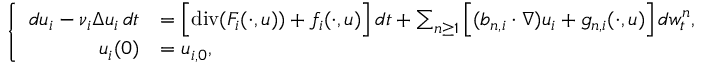
\left\{ \begin{array} { r l } { d u _ { i } - \nu _ { i } \Delta u _ { i } \, d t } & { = \Big [ \normalfont { \mathrm { d i v } } ( F _ { i } ( \cdot , u ) ) + f _ { i } ( \cdot , u ) \Big ] \, d t + \sum _ { n \geq 1 } \Big [ ( b _ { n , i } \cdot \nabla ) u _ { i } + g _ { n , i } ( \cdot , u ) \Big ] \, d w _ { t } ^ { n } , } \\ { u _ { i } ( 0 ) } & { = u _ { i , 0 } , } \end{array} \right.